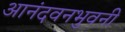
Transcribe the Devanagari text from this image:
आनंदवनभुवनी